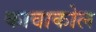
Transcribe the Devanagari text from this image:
कावाकोल